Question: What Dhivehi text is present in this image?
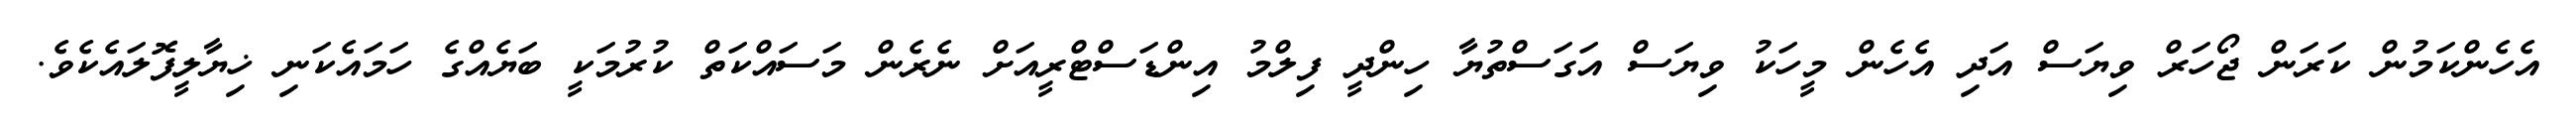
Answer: އެހެންކަމުން ކަރަން ޖޯހަރް ވިޔަސް އަދި އެހެން މީހަކު ވިޔަސް އަގަސްތުޔާ ހިންދީ ފިލްމު އިންޑަސްޓްރީއަށް ނެރެން މަސައްކަތް ކުރުމަކީ ބަޔެއްގެ ހަމައެކަނި ޚިޔާލީފޮލައެކެވެ.